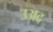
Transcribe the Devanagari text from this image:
उअद